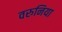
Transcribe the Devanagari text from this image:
वरुनिया